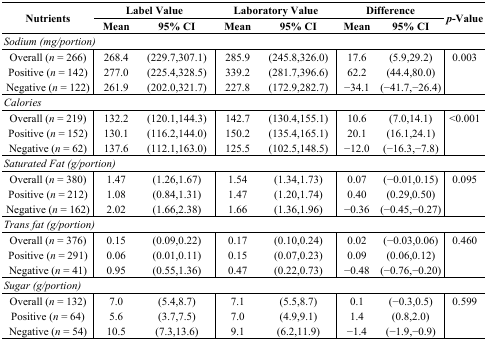
<table><thead><tr><td rowspan="2"><b>Nutrients</b></td><td colspan="2"><b>Label Value</b></td><td colspan="2"><b>Laboratory Value</b></td><td colspan="2"><b>Difference</b></td><td rowspan="2"><b><i>p</i>-Value</b></td></tr><tr><td><b>Mean</b></td><td><b>95% CI</b></td><td><b>Mean</b></td><td><b>95% CI</b></td><td><b>Mean</b></td><td><b>95% CI</b></td></tr></thead><tbody><tr><td colspan="8"><i>Sodium (mg/portion)</i></td></tr><tr><td>Overall (<i>n</i> = 266)</td><td>268.4</td><td>(229.7,307.1)</td><td>285.9</td><td>(245.8,326.0)</td><td>17.6</td><td>(5.9,29.2)</td><td>0.003</td></tr><tr><td>Positive (<i>n</i> = 142)</td><td>277.0</td><td>(225.4,328.5)</td><td>339.2</td><td>(281.7,396.6)</td><td>62.2</td><td>(44.4,80.0)</td><td></td></tr><tr><td>Negative (<i>n</i> = 122)</td><td>261.9</td><td>(202.0,321.7)</td><td>227.8</td><td>(172.9,282.7)</td><td>−34.1</td><td>(−41.7,−26.4)</td><td></td></tr><tr><td colspan="8"><i>Calories</i></td></tr><tr><td>Overall (<i>n</i> = 219)</td><td>132.2</td><td> (120.1,144.3)</td><td>142.7</td><td>(130.4,155.1)</td><td>10.6</td><td>(7.0,14.1)</td><td>&lt;0.001</td></tr><tr><td>Positive (<i>n</i> = 152)</td><td>130.1</td><td>(116.2,144.0)</td><td>150.2</td><td>(135.4,165.1)</td><td>20.1</td><td>(16.1,24.1)</td><td></td></tr><tr><td>Negative (<i>n</i> = 62)</td><td>137.6</td><td>(112.1,163.0)</td><td>125.5</td><td>(102.5,148.5)</td><td>−12.0</td><td>(−16.3,−7.8)</td><td></td></tr><tr><td colspan="8"><i>Saturated Fat (g/portion)</i></td></tr><tr><td>Overall (<i>n</i> = 380)</td><td>1.47</td><td>(1.26,1.67)</td><td>1.54</td><td>(1.34,1.73)</td><td>0.07</td><td>(−0.01,0.15)</td><td>0.095</td></tr><tr><td>Positive (<i>n</i> = 212)</td><td>1.08</td><td>(0.84,1.31)</td><td>1.47</td><td>(1.20,1.74)</td><td>0.40</td><td>(0.29,0.50)</td><td></td></tr><tr><td>Negative (<i>n</i> = 162)</td><td>2.02</td><td>(1.66,2.38)</td><td>1.66</td><td>(1.36,1.96)</td><td>−0.36</td><td>(−0.45,−0.27)</td><td></td></tr><tr><td colspan="8"><i>Trans fat (g/portion)</i></td></tr><tr><td>Overall (<i>n</i> = 376)</td><td>0.15</td><td>(0.09,0.22)</td><td>0.17</td><td>(0.10,0.24)</td><td>0.02</td><td>(−0.03,0.06)</td><td>0.460</td></tr><tr><td>Positive (<i>n</i> = 291)</td><td>0.06</td><td>(0.01,0.11)</td><td>0.15</td><td>(0.07,0.23)</td><td>0.09</td><td>(0.06,0.12)</td><td></td></tr><tr><td>Negative (<i>n</i> = 41)</td><td>0.95</td><td>(0.55,1.36)</td><td>0.47</td><td>(0.22,0.73)</td><td>−0.48</td><td>(−0.76,−0.20)</td><td></td></tr><tr><td colspan="8"><i>Sugar (g/portion)</i></td></tr><tr><td>Overall (<i>n</i> = 132)</td><td>7.0</td><td>(5.4,8.7)</td><td>7.1</td><td>(5.5,8.7)</td><td>0.1</td><td>(−0.3,0.5)</td><td>0.599</td></tr><tr><td>Positive (<i>n</i> = 64)</td><td>5.6</td><td>(3.7,7.5)</td><td>7.0</td><td>(4.9,9.1)</td><td>1.4</td><td>(0.8,2.0)</td><td></td></tr><tr><td>Negative (<i>n</i> = 54)</td><td>10.5</td><td>(7.3,13.6)</td><td>9.1</td><td>(6.2,11.9)</td><td>−1.4</td><td>(−1.9,−0.9)</td><td></td></tr></tbody></table>